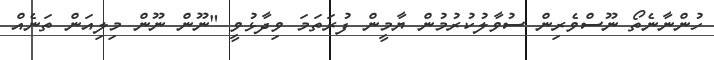
ހުންނާނެތޯ ނޫސްވެރިން ސުވާލުކުރުމުން ޔާމީން ފުރަތަމަ ވިދާޅުވީ "ނޫން ނޫން މިލިއަން ތަނެއް